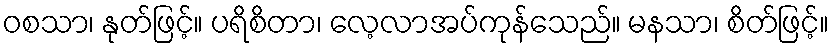
ဝစသာ၊ နုတ်ဖြင့်။ ပရိစိတာ၊ လေ့လာအပ်ကုန်သေည်။ မနသာ၊ စိတ်ဖြင့်။